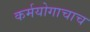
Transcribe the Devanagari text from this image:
कर्मयोगाचाच